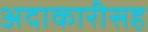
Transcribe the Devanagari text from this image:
अदाकारीसह